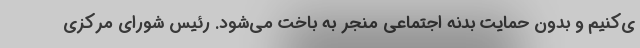
ی‌کنیم و بدون حمایت بدنه اجتماعی منجر به باخت می‌شود. رئیس شورای مرکزی